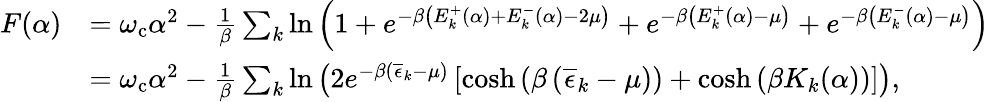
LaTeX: \begin{array}{rl}{F(\alpha)}&{=\omega_{\mathrm{c}}\alpha^{2}-\frac{1}{\beta}\sum_{k}\ln\left(1+e^{-\beta\left(E_{k}^{+}(\alpha)+E_{k}^{-}(\alpha)-2\mu\right)}+e^{-\beta\left(E_{k}^{+}(\alpha)-\mu\right)}+e^{-\beta\left(E_{k}^{-}(\alpha)-\mu\right)}\right)}\\ &{=\omega_{\mathrm{c}}\alpha^{2}-\frac{1}{\beta}\sum_{k}\ln\left(2e^{-\beta\left(\overline{{\epsilon}}_{k}-\mu\right)}\left[\cosh\left(\beta\left(\overline{{\epsilon}}_{k}-\mu\right)\right)+\cosh\left(\beta K_{k}(\alpha)\right)\right]\right),}\end{array}